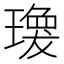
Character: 𤩆